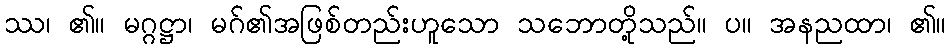
ဿ၊ ၏။ မဂ္ဂဋ္ဌာ၊ မဂ်၏အဖြစ်တည်းဟူသော သဘောတို့သည်။ ပ။ အနညထာ၊ ၏။